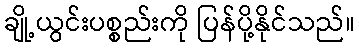
ချို့ယွင်းပစ္စည်းကို ပြန်ပို့နိုင်သည်။